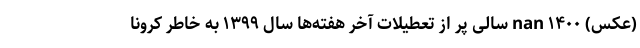
(عکس) nan ۱۴۰۰ سالی پر از تعطیلات آخر هفته‌ها سال ۱۳۹۹ به خاطر کرونا